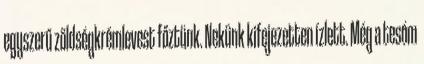
egyszerű zöldségkrémlevest főztünk. Nekünk kifejezetten ízlett. Még a tesóm